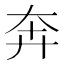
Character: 奔